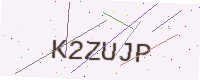
Text: K2ZUJP